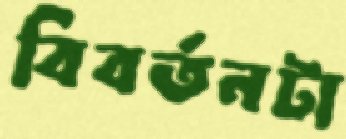
বিবর্তনটা